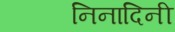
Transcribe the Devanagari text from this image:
निनादिनी